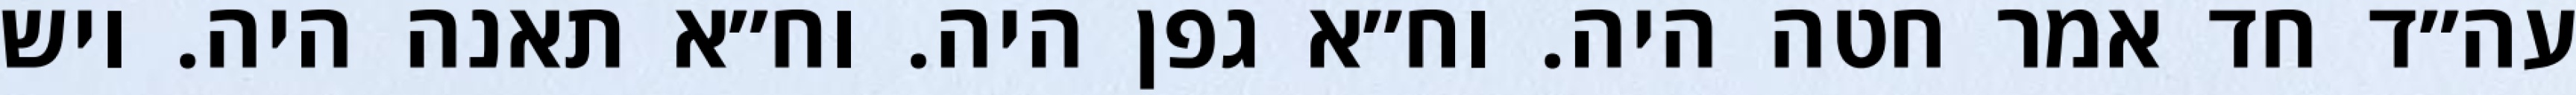
עה״ד חד אמר חטה היה. וח״א גפן היה. וח״א תאנה היה. ויש